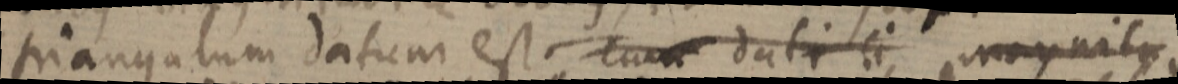
triangulum datum est cum datis ei magnitu.